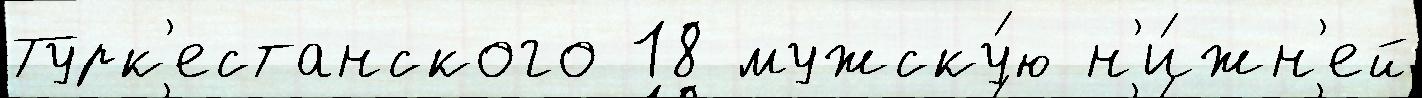
Турк'естанского 18 мужску́ю н'и́жн'ей